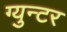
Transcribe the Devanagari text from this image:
ग्युन्टर